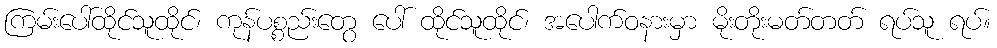
ကြမ်းပေါ်ထိုင်သူထိုင်၊ ကုန်ပစ္စည်းတွေ ပေါ် ထိုင်သူထိုင်၊ အပေါက်ဝနားမှာ မိုးတိုးမတ်တတ် ရပ်သူ ရပ်။